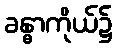
ခန္ဓာကိုယ်၌